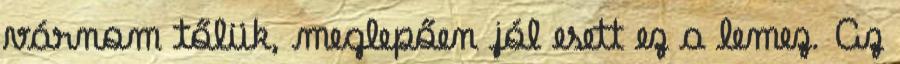
várnom tőlük, meglepően jól esett ez a lemez. Az